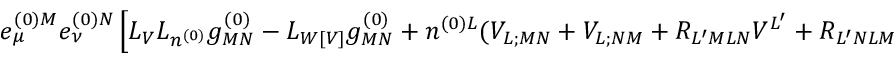
e _ { \mu } ^ { ( 0 ) M } e _ { \nu } ^ { ( 0 ) N } \left[ { \cal L } _ { V } { \cal L } _ { n ^ { ( 0 ) } } g _ { M N } ^ { ( 0 ) } - { \cal L } _ { W [ V ] } g _ { M N } ^ { ( 0 ) } + n ^ { ( 0 ) L } ( V _ { L ; M N } + V _ { L ; N M } + R _ { L ^ { \prime } M L N } V ^ { L ^ { \prime } } + R _ { L ^ { \prime } N L M } V ^ { L ^ { \prime } } ) \right] = 0 ,